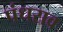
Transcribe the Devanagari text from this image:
पंधराव